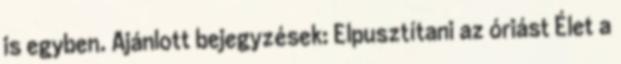
is egyben. Ajánlott bejegyzések: Elpusztítani az óriást Élet a